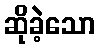
ဆိုခဲ့သော